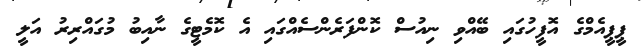
ޕީޕީއެމްގެ އޮފީހުގައި ބޭއްވި ނިއުސް ކޮންފަރެންސެއްގައި އެ ކޮމެޓީގެ ނާއިބު މުގައްރިރު އަލީ